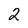
Character: 2